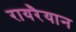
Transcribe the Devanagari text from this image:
रायरैयान